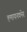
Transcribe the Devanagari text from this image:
हमायनक्नेर